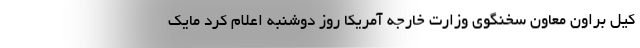
کیل براون معاون سخنگوی وزارت خارجه آمریکا روز دوشنبه اعلام کرد مایک